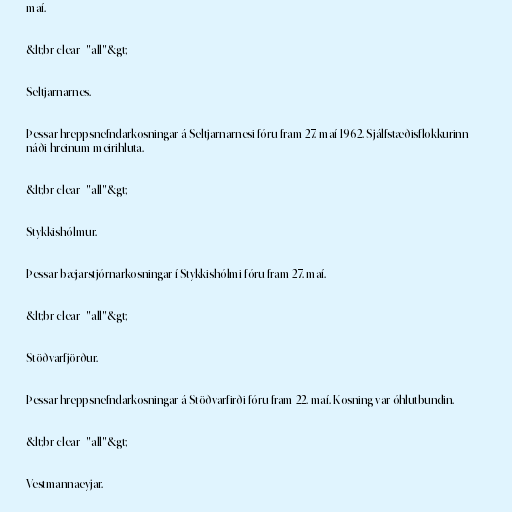
maí.

&lt;br clear="all"&gt;

Seltjarnarnes.

Þessar hreppsnefndarkosningar á Seltjarnarnesi fóru fram 27. maí 1962. Sjálfstæðisflokkurinn
náði hreinum meirihluta.

&lt;br clear="all"&gt;

Stykkishólmur.

Þessar bæjarstjórnarkosningar í Stykkishólmi fóru fram 27. maí.

&lt;br clear="all"&gt;

Stöðvarfjörður.

Þessar hreppsnefndarkosningar á Stöðvarfirði fóru fram 22. maí. Kosning var óhlutbundin.

&lt;br clear="all"&gt;

Vestmannaeyjar.